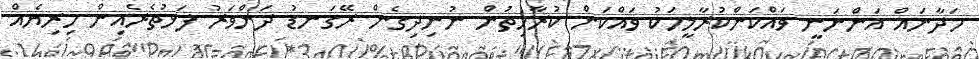
ހަދާނައް އަންނަނީ ވައްކަންކުރާމީހަކު ވައްކަން ކުރާހިތުން ނުނިދިގެން ރޭގަނޑު ދަންވަރު ފަޅުތެރެއިން ހިރިޔެއް